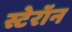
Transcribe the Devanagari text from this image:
स्टेरॉन